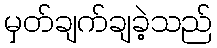
မှတ်ချက်ချခဲ့သည်